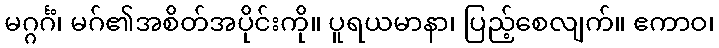
မဂ္ဂင်္ဂံ၊ မဂ်၏အစိတ်အပိုင်းကို။ ပူရယမာနာ၊ ပြည့်စေလျက်။ ဧကာဝ၊